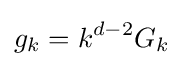
g_{k}=k^{d-2}G_{k}